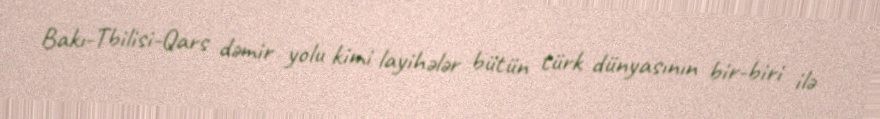
Bakı-Tbilisi-Qars dəmir yolu kimi layihələr bütün türk dünyasının bir-biri ilə